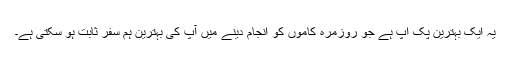
یہ ایک بہترین پک اپ ہے جو روزمرہ کاموں کو انجام دینے میں آپ کی بہترین ہم سفر ثابت ہو سکتی ہے۔